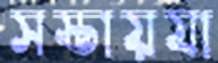
সস্তায়যা